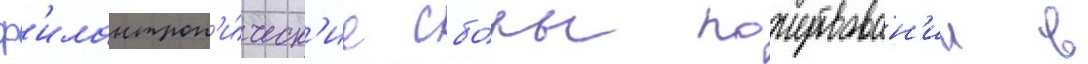
ф'илантроп'и́ческ'ие сбо́ры пожертвован'ии в